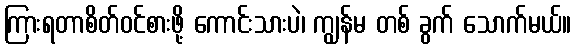
ကြားရတာစိတ်ဝင်စားဖို့ ကောင်းသားပဲ၊ ကျွန်မ တစ် ခွက် သောက်မယ်။